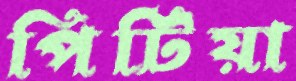
পিটিয়া